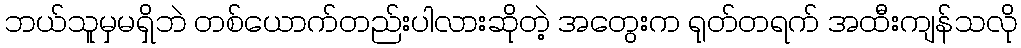
ဘယ်သူမှမရှိဘဲ တစ်ယောက်တည်းပါလားဆိုတဲ့ အတွေးက ရုတ်တရက် အထီးကျန်သလို